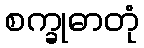
စက္ခုဓာတုံ